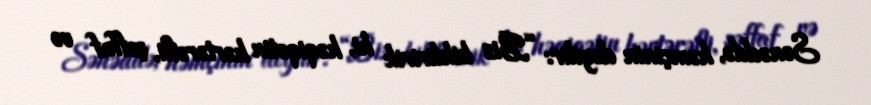
Sənəddə, həmçinin deyilir: “Biz bildiririk ki, həqiqətin hərtərəfli, şəffaf və